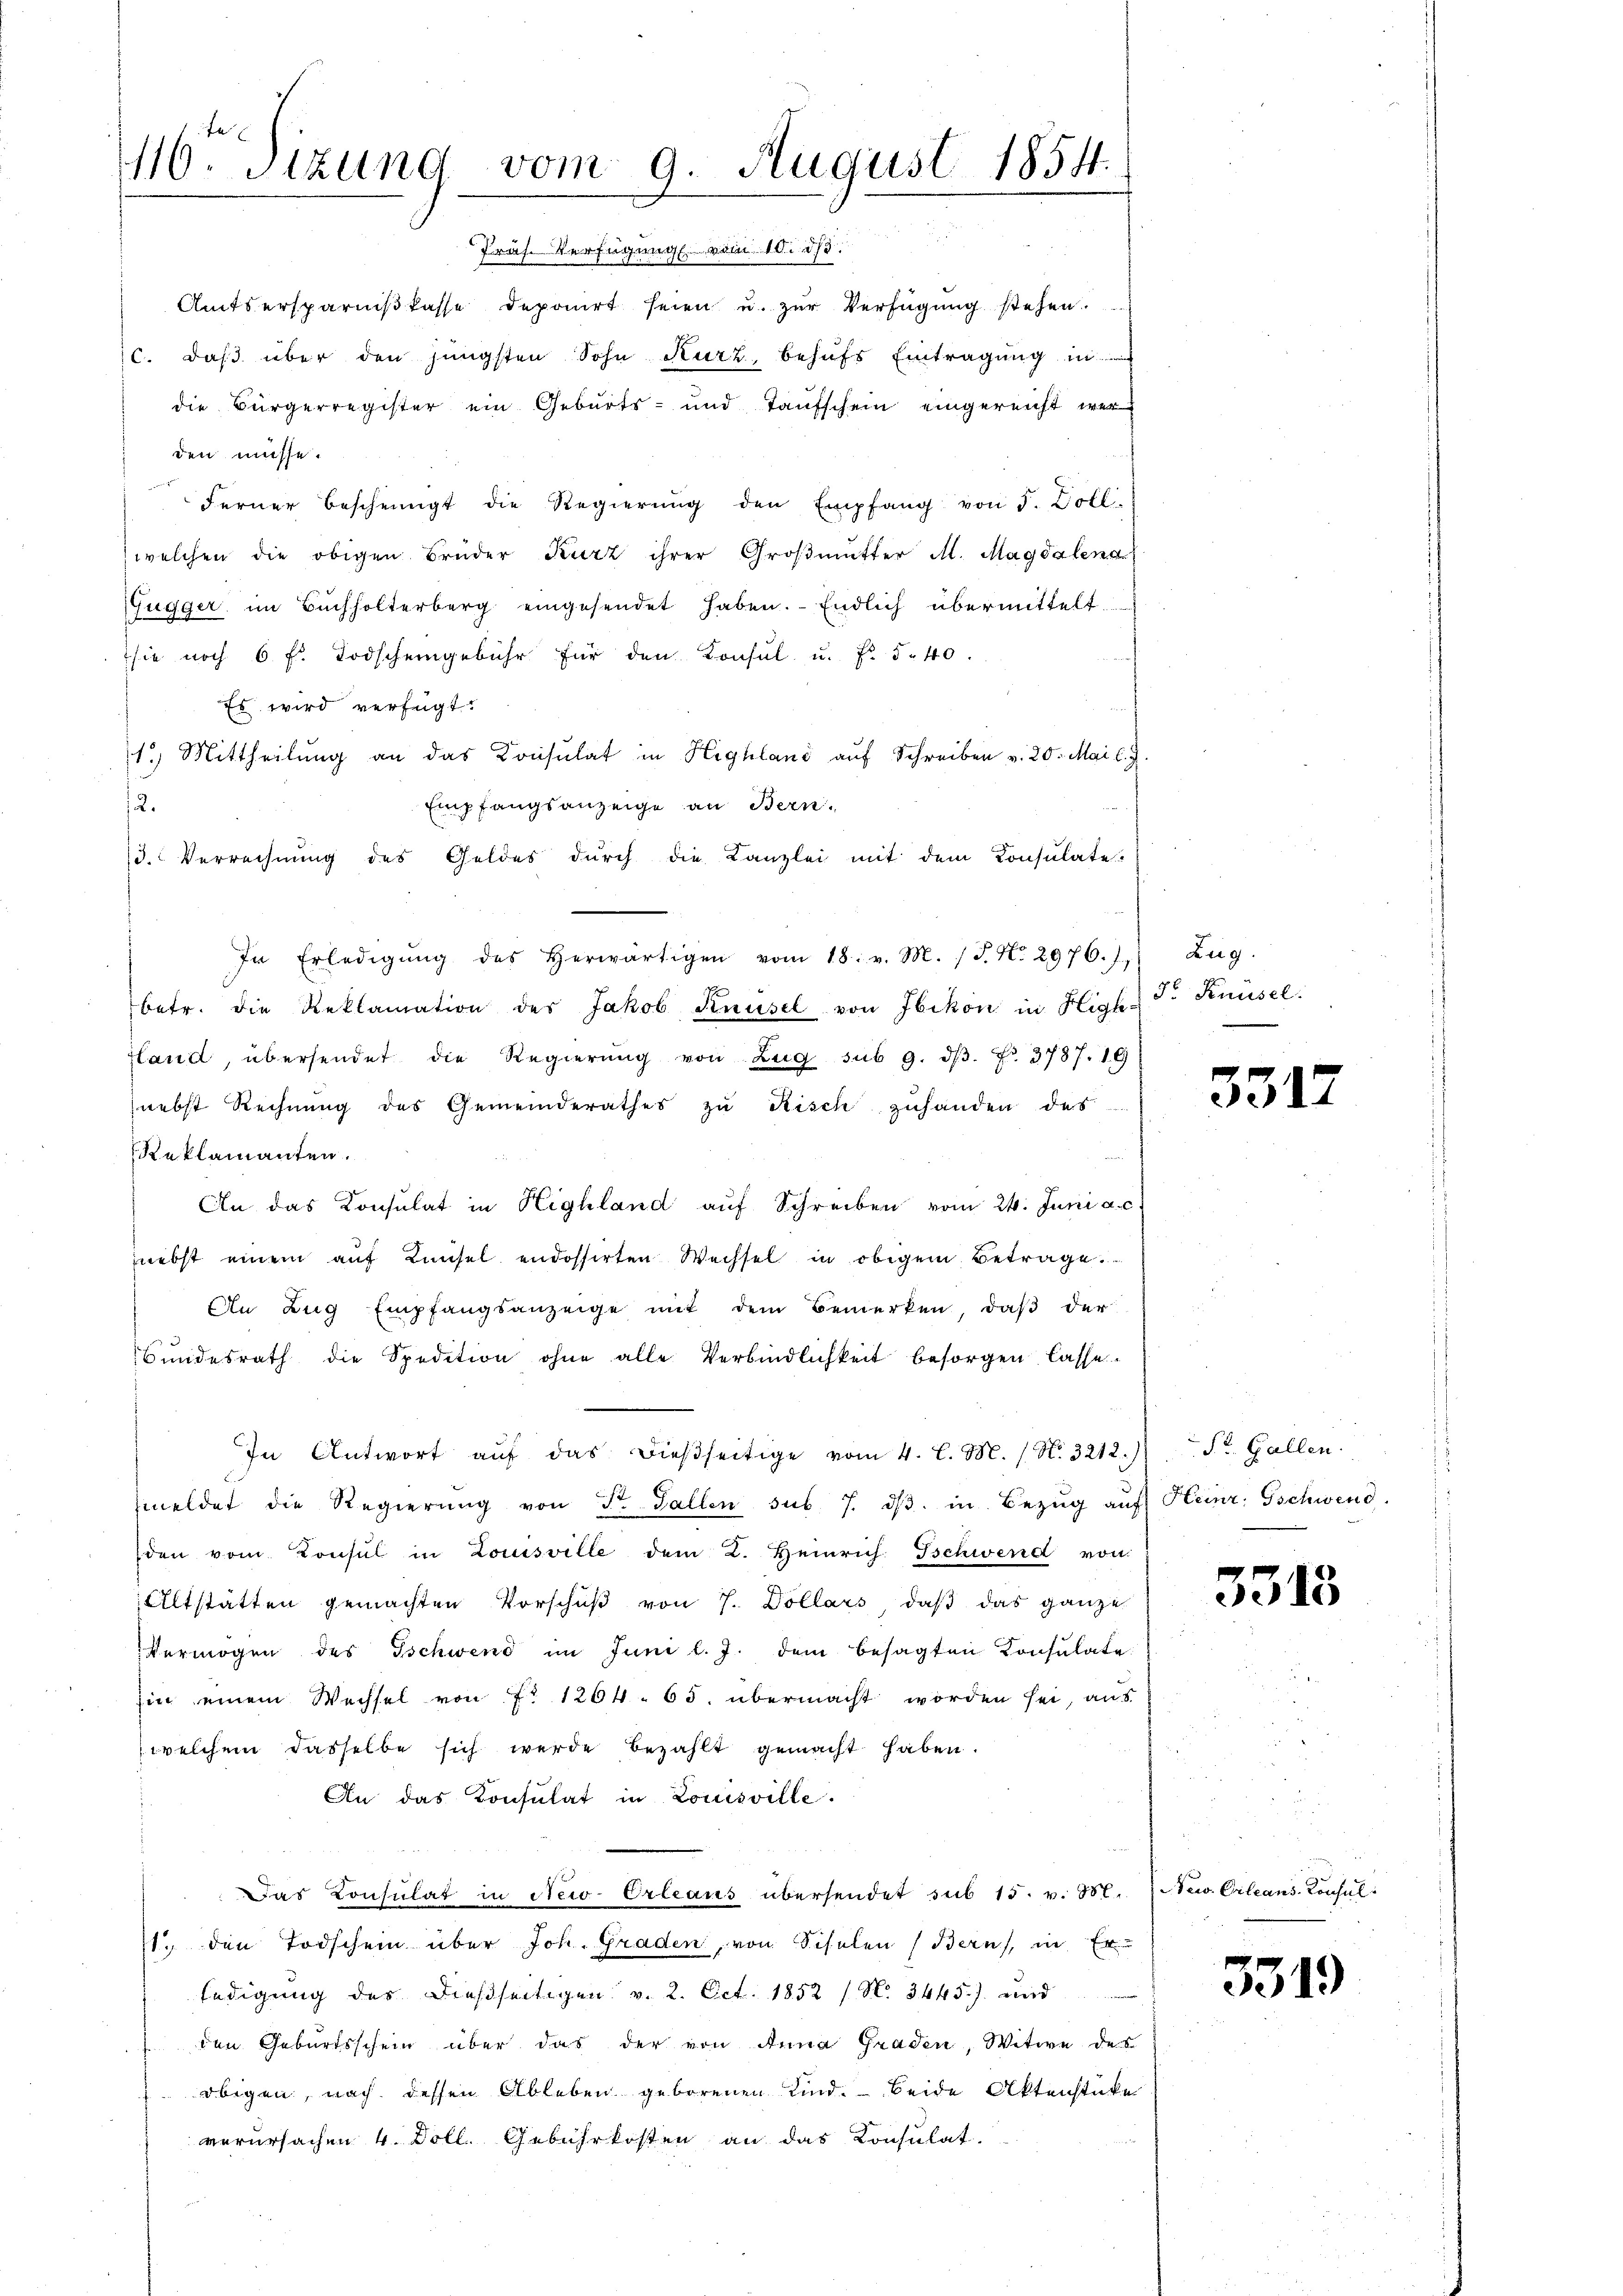
116ten Sizung vom 9. August 1854.

Präs. Verfügung vom 10. d.
Amtsersparnißkasse deponirt seien u. zur Verfügung stehen.
c. daß über den jüngsten Sohn Kurz, behufs Eintragung in
die Bürgerregister ein Geburts- und Taufschein eingereicht werden müsse.
Ferner bescheinigt die Regierŭng den Empfang von F. Zoll
welchen die obigen Brüder Kurz ihrer Großmutter M. Magdalena
Gugger im Bŭchholterberg eingesendet haben. Endlich übermittelt.
sie noch 6 fl. Todscheingebühr für den Konsul u. f. 540.
Es wird verfügt:
1.) Mittheilung an das Konsulat in Highland auf Schreiben v. 20. Mai l. J
Empfangsanzeige an Bern,
12.
3. Verrechnung des Geldes dŭrch die Kanzlei mit dem Consulate-
In Erledigŭng des herwärtigen vom 18. v. M. (T. N. 2976.) Zug.
betr. die Reklamation des Jakob Knüsel von Ebikon in Highland, übersendet die Regierŭng von Zŭg sub 9. dβ. Fr. 3787. 19
nebst Rechnung des Gemeinderathes zu Risch zuhanden des
Reklamanten.
An das Consulat in Highland auf Schreiben vom 24. Juni a. c.
nebst einem auf Künsel endossirten Wechsel in obigem Betrage.
An Zug Empfangsanzeige mit dem Bemerken, daß der
Bŭndesrath die Spedition ohne alle Verbindlichkeit besorgen lasse
In Antwort aŭf das dießseitige vom 4. l. M. (N. 3212. St. Gallen.
meldet die Regierŭng von St. Gallen sub. 7. dβ. in Bezŭg aŭf Heinr. Gschwend
den vom Konsul in Louisville dem K. Heinrich schwend von
Altstätten gemachten Vorschuß von 7. Dollars, daß das ganze
Vermögen des Ischwend im Juni l. J. dem besagten Consulate
Ein einem Wechsel von No 1264. 65. übermacht worden sei, aus
welchem dasselbe sich werde bezahlt gemacht haben.
An das Consulat in Louisville.
Das Consulat in New-Orleaus übersendet sub 15. v. 3. New. Crleans Konsul
1. den Todschein über Joh. Graden, von Schulen (Bern, in Er
ledigung der dießseitigen v. 2. Oct. 1852 (N. 3445) und
den Geburtsschein über das der von Anna Graden, Witwe des
 obigen, nach dessen Ableben geborenen Kind. - beide Aktenstücke
verursachen 4. Doll. Gebührkosten an das Konsulat.

Fr Knüsel:

3317

5313

3319